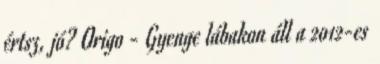
értsz, jó? Origo - Gyenge lábakon áll a 2012-es